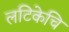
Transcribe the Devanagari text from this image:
लटिकेचि